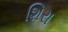
શિરા